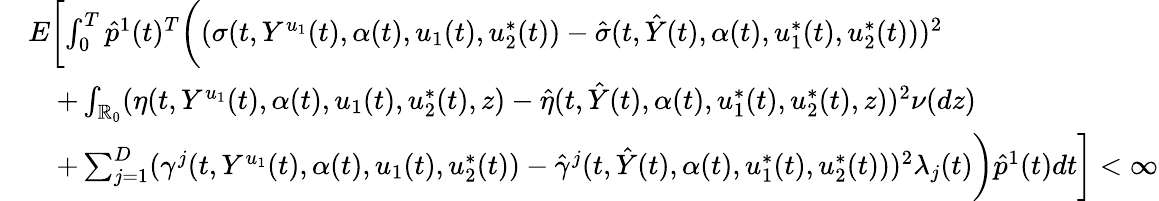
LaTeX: \begin{array}{rl}&{E\biggl[\int_{0}^{T}\hat{p}^{1}(t)^{T}\biggl((\sigma(t,Y^{u_{1}}(t),\alpha(t),u_{1}(t),u_{2}^{*}(t))-\hat{\sigma}(t,\hat{Y}(t),\alpha(t),u_{1}^{*}(t),u_{2}^{*}(t)))^{2}}\\ &{\quad+\int_{\mathbb{R}_{0}}(\eta(t,Y^{u_{1}}(t),\alpha(t),u_{1}(t),u_{2}^{*}(t),z)-\hat{\eta}(t,\hat{Y}(t),\alpha(t),u_{1}^{*}(t),u_{2}^{*}(t),z))^{2}\nu(dz)}\\ &{\quad+\sum_{j=1}^{D}(\gamma^{j}(t,Y^{u_{1}}(t),\alpha(t),u_{1}(t),u_{2}^{*}(t))-\hat{\gamma}^{j}(t,\hat{Y}(t),\alpha(t),u_{1}^{*}(t),u_{2}^{*}(t)))^{2}\lambda_{j}(t)\biggr)\hat{p}^{1}(t)dt\biggr]<\infty}\end{array}